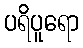
ပရိပူရော